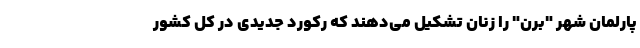
پارلمان شهر "برن" را زنان تشکیل می‌دهند که رکورد جدیدی در کل کشور